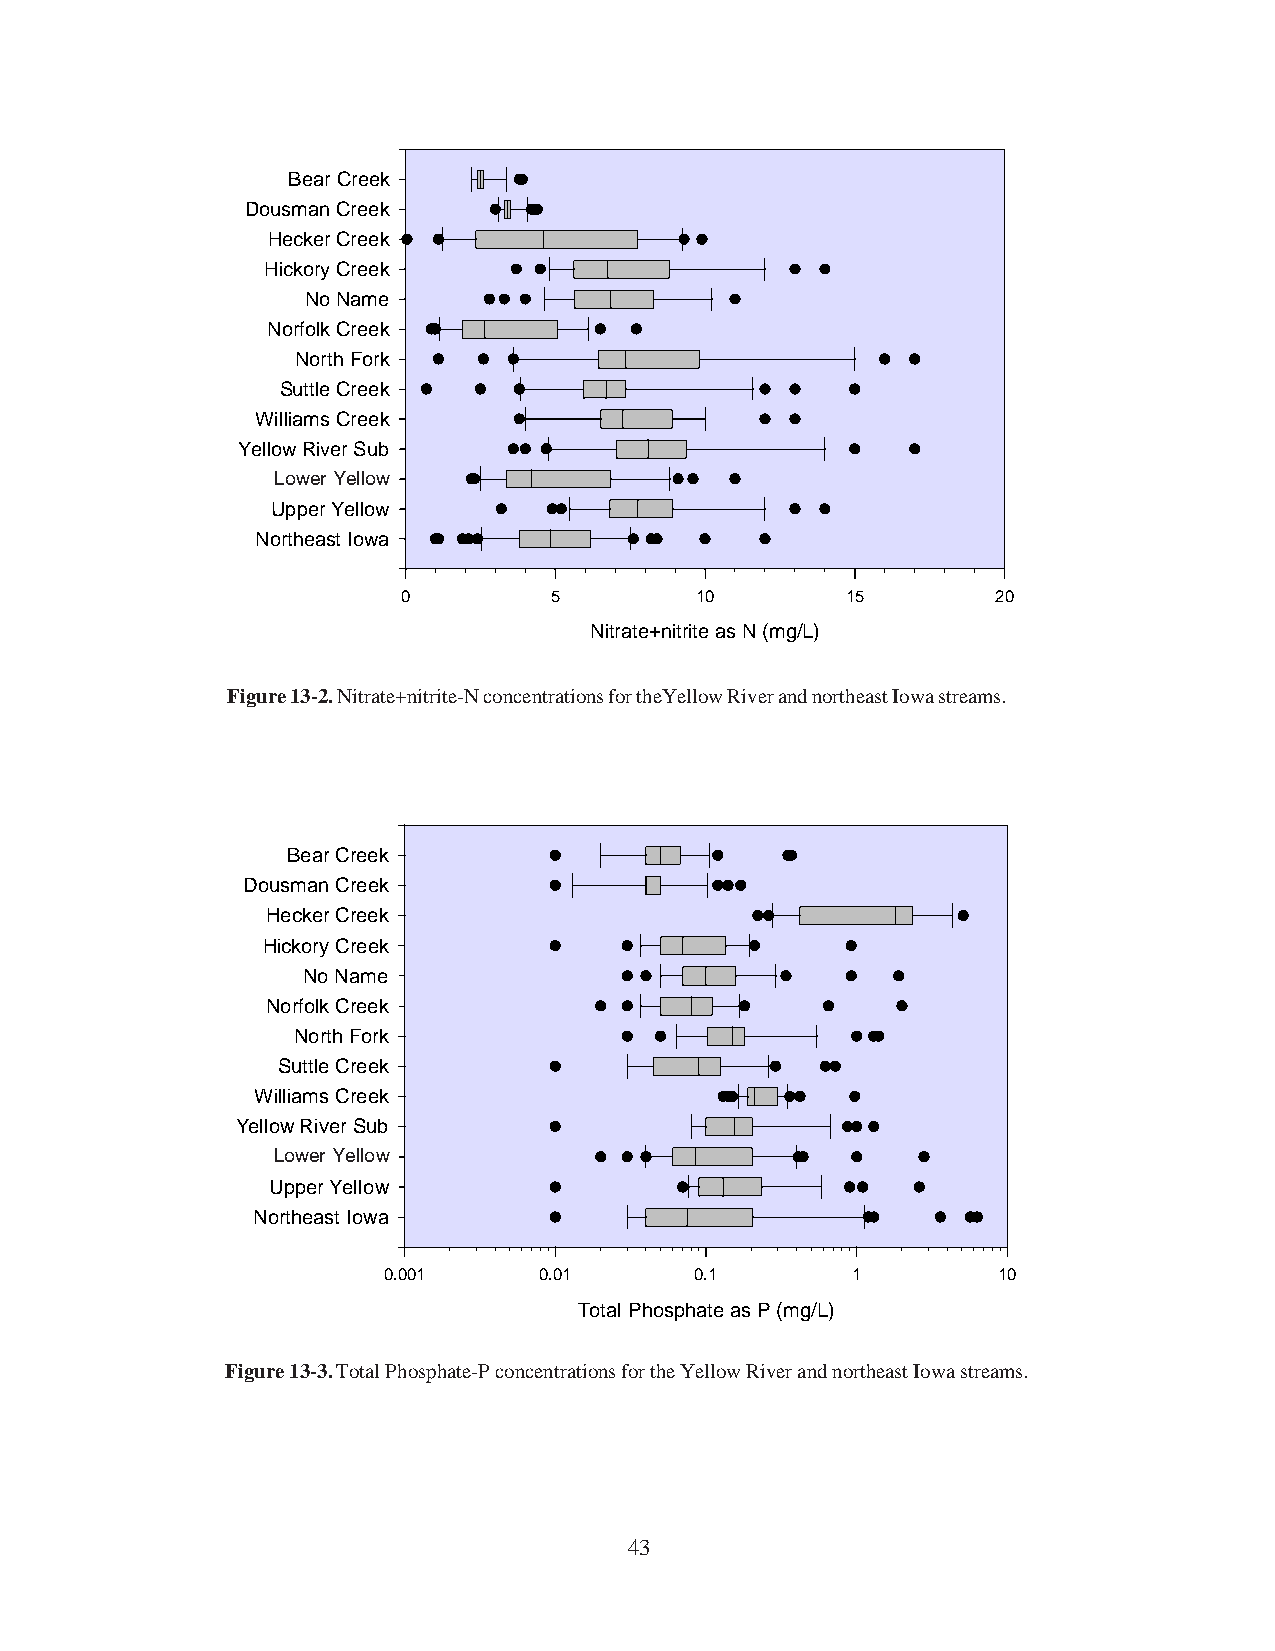
Bear Creek
 Dousman Creek
 Hecker Creek
 Hickory Creek
 No Name
 Norfolk Creek
 North Fork
 Suttle Creek
 Williams Creek
 Yellow River Sub
 LLoowweer rY Yeellloloww*
 Upper Yellow
 Northeast Iowa
 0        5         10        15        20
 Nitrate+nitrite as N (mg/L)
 Figure 13-2. Nitrate+nitrite-N concentrations for theYellow River and northeast Iowa streams.
 Bear Creek
 Dousman Creek
 Hecker Creek
 Hickory Creek
 No Name
 Norfolk Creek
 North Fork
 Suttle Creek
 Williams Creek
 Yellow River Sub
 LoLowweer rY Yeellolloww*
 Upper Yellow
 Northeast Iowa
 0.001      0.01      0.1       1         10
 Total Phosphate as P (mg/L)
 Figure 13-3. Total Phosphate-P concentrations for the Yellow River and northeast Iowa streams.
 43